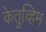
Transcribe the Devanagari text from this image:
केतुव्हिम